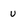
Character: u